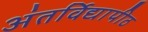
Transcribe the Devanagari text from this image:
अंतर्विद्यापीठ